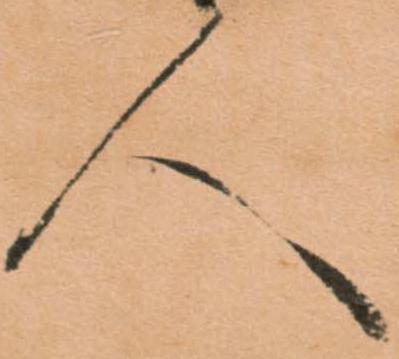
人